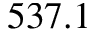
5 3 7 . 1